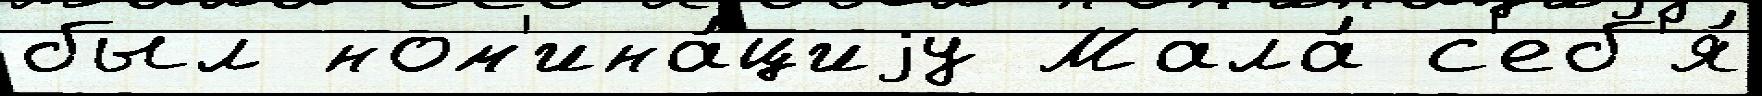
был ном'ина́циjу Мала́ с'еб'я́